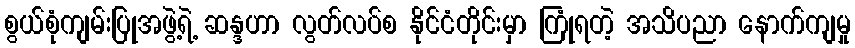
စွယ်စုံကျမ်းပြုအဖွဲ့ရဲ့ ဆန္ဒဟာ လွတ်လပ်စ နိုင်ငံတိုင်းမှာ ကြုံရတဲ့ အသိပညာ နောက်ကျမှု